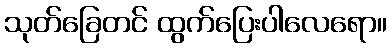
သုတ်ခြေတင် ထွက်ပြေးပါလေရော။